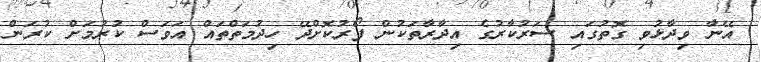
އޭނާ ވިދާޅުވި ގޮތުގައި ސަރުކާރުގެ އިދާރާތަކުން ފޯރުކޮށްދޭ ހިދުމަތްތައް އަވަސް ކުރުމަށް ކުރަން